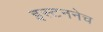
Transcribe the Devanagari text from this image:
इस्टननेच